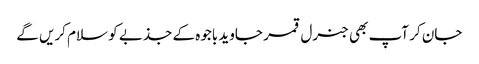
جان کر آپ بھی جنرل قمر جاوید باجوہ کے جذبے کو سلام کریں گے